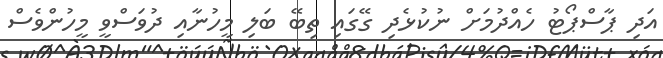
އަަދި ޕާސްޕޯޓު ހެއްދުމަށް ނުކުޅެދި ގޭގައި ތިބޭ ބަލި މީހުނާއި ދުވަސްވީ މީހުންވެސް